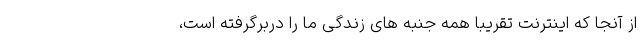
از آنجا که اینترنت تقریبا همه جنبه های زندگی ما را دربرگرفته است،